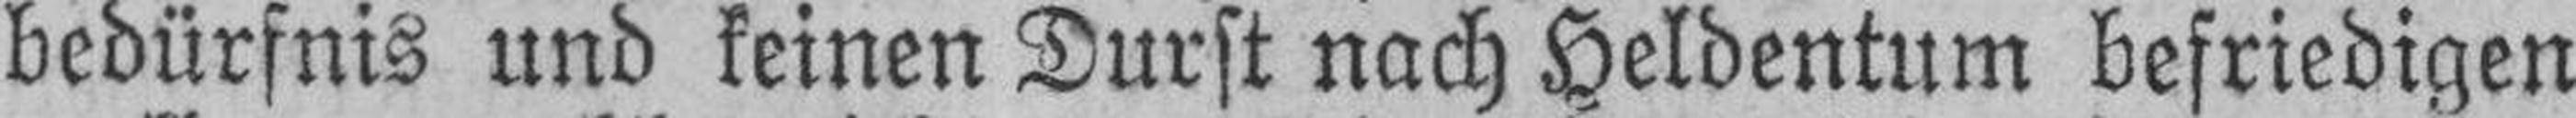
bedürfnis und keinen Durst nach Heldentum befriedigen